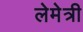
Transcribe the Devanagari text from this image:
लेमेत्री